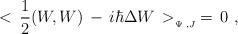
LaTeX: \begin{align*}<\,{1\over 2}(W,W)\, - \, i\hbar\Delta W\,>_{_{\Psi\,\,,J}}\,=\,0\,\,,\end{align*}